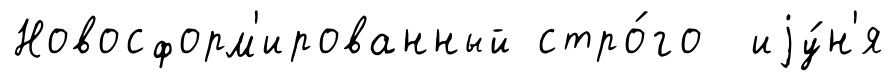
Новосформ'ированный стро́го иjу́н'я